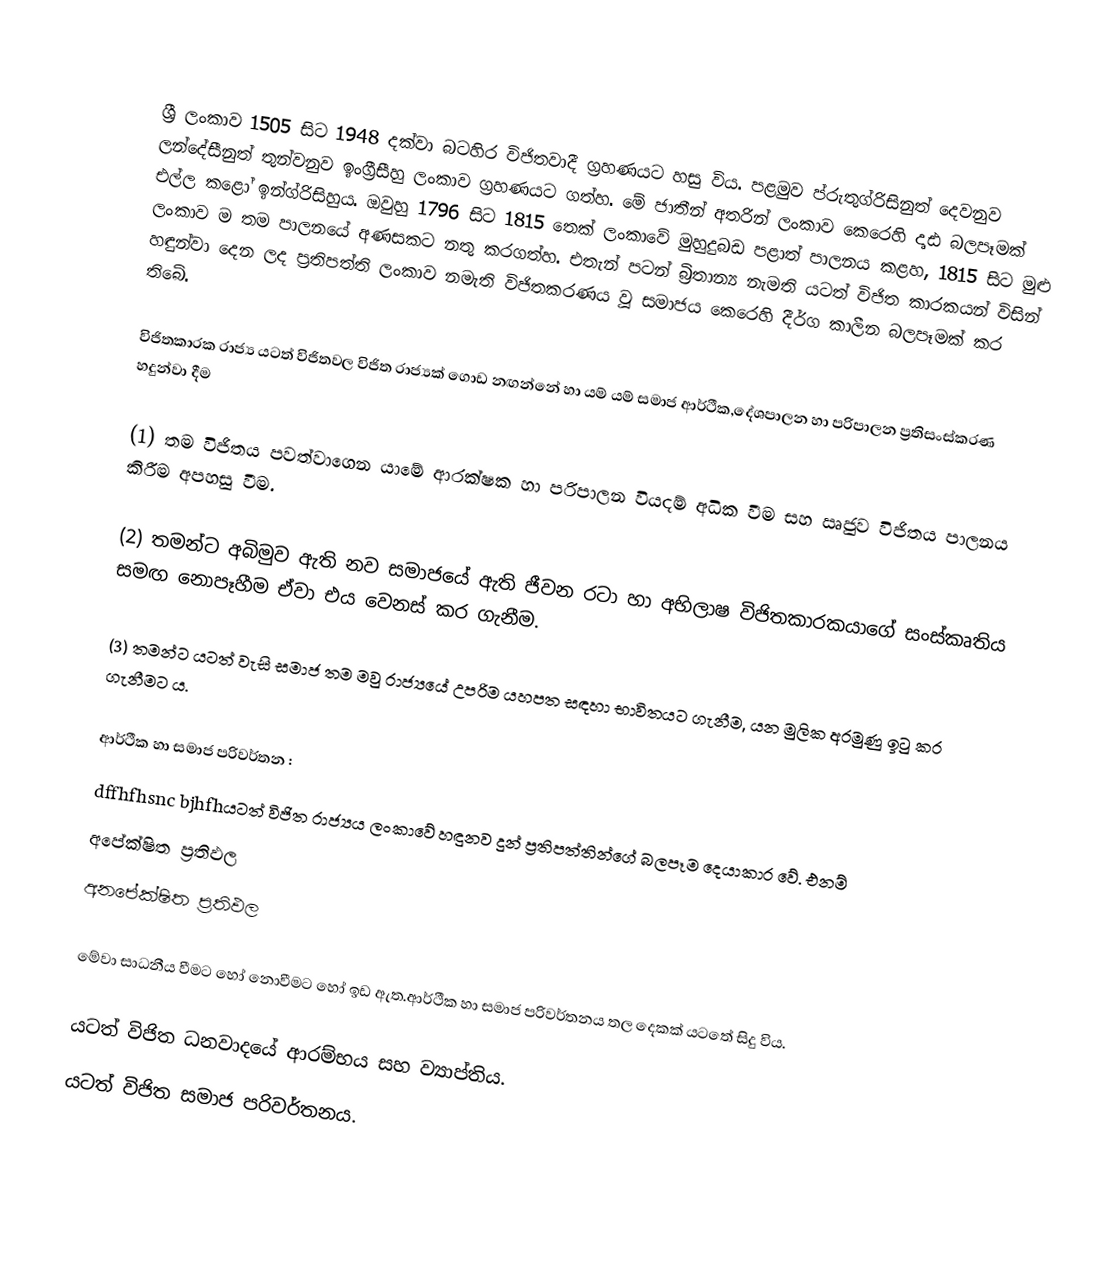

ශ්‍රී ලංකාව 1505 සිට 1948 දක්වා  බටහිර විජිතවාදී ග්‍රහණයට හසු විය. පළමුව ප්රුතුග්රිසිනුත්  දෙවනුව ලන්දේසීනුත් තුන්වනුව ඉංග්‍රීසීහු ලංකාව ග්‍රහණයට ගත්හ. මේ ජාතීන් අතරින් ලංකාව කෙරෙහි දෘඪ බලපෑමක් එල්ල කළෝ ඉන්ග්රිසිහුය. ඔවුහු  1796 සිට 1815 තෙක් ලංකාවේ මුහුදුබඩ  පළාත් පාලනය කළහ, 1815 සිට මුළු  ලංකාව ම තම පාලනයේ අණසකට නතු කරගත්හ. එතැන් පටන්  බ්‍රිතාන්‍ය  නැමති යටත් විජිත කාරකයන්  විසින් හඳුන්වා දෙන ලද ප්‍රතිපත්ති ලංකාව නමැති විජිතකරණය වූ සමාජය කෙරෙහි දීර්ග කාලීන බලපෑමක් කර තිබේ.

විජිතකාරක රාජ්‍ය යටත් විජිතවල විජිත රාජ්‍යක් ගොඩ  නඟන්නේ හා යම් යම් සමාජ ආර්ථීක,දේශපාලන හා පරිපාලන ප්‍රතිසංස්කරණ හදුන්වා  දීම

(1) තම විජිතය පවත්වාගෙන යාමේ ආරක්ෂක හා පරිපාලන වියදම් අධික වීම සහ ඍජුව විජිතය පාලනය කිරීම  අපහසු වීම.

(2) තමන්ට අබිමුව ඇති නව සමාජයේ ඇති ජීවන රටා හා අභිලාෂ විජිතකාරකයාගේ සංස්කෘතිය සමඟ නොපෑහීම ඒවා එය වෙනස් කර ගැනීම.

(3) තමන්ට  යටත් වැසි සමාජ තම මවු රාජ්‍යයේ උපරිම යහපත සඳහා භාවිතයට ගැනීම, යන මුලික  අරමුණු ඉටු කර ගැනීමට ය.

ආර්ථීක හා සමාජ පරිවර්තන :
dffhfhsnc bjhfhයටත් විජිත රාජ්‍යය ලංකාවේ හඳුනව දුන් ප්‍රතිපත්තින්ගේ  බලපෑම දෙයාකාර වේ. එනම්
 අපේක්ෂිත ප්‍රතිඵල
 අනපේක්ෂිත ප්‍රතිඵල

මේවා සාධනීය වීමට හෝ නොවීමට හෝ ඉඩ ඇත.ආර්ථීක හා සමාජ පරිවර්තනය තල දෙකක් යටතේ සිදු විය.

 යටත් විජිත ධනවාදයේ ආරම්භය සහ ව්‍යාප්තිය.
 යටත් විජිත සමාජ පරිවර්තනය.